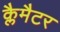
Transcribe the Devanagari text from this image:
क्लैमैटर